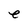
Character: e